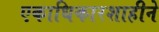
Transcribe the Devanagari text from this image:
एकाधिकारशाहीने